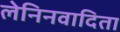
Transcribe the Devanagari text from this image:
लेनिनवादिता